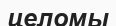
целомы